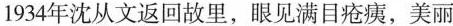
1934年沈从文返回故里，眼见满目疮痍，美丽